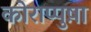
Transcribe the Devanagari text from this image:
कोराप्पुष़ा